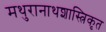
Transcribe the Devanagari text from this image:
मथुरानाथशास्त्रिकृत